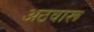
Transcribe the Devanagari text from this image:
अठवारू